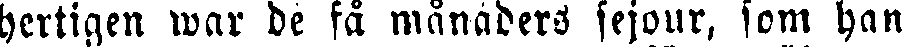
hertigen war de få månaders sejour, som han